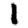
Digit: 1